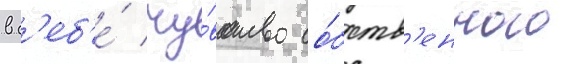
в с'еб'е́ чу́вство со́бств'енного